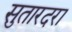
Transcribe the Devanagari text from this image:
सुतारदरा